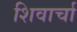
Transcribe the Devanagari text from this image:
शिवार्चा